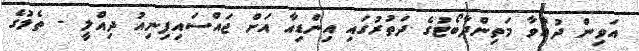
އަވިން ދުއްވާ މަތިންދާބޯޓުގެ ދަތުރުގައި އިންޑިއާ އަށް ޖައްސައިފިނިއު ދިއްލީ - ތެލުގެ